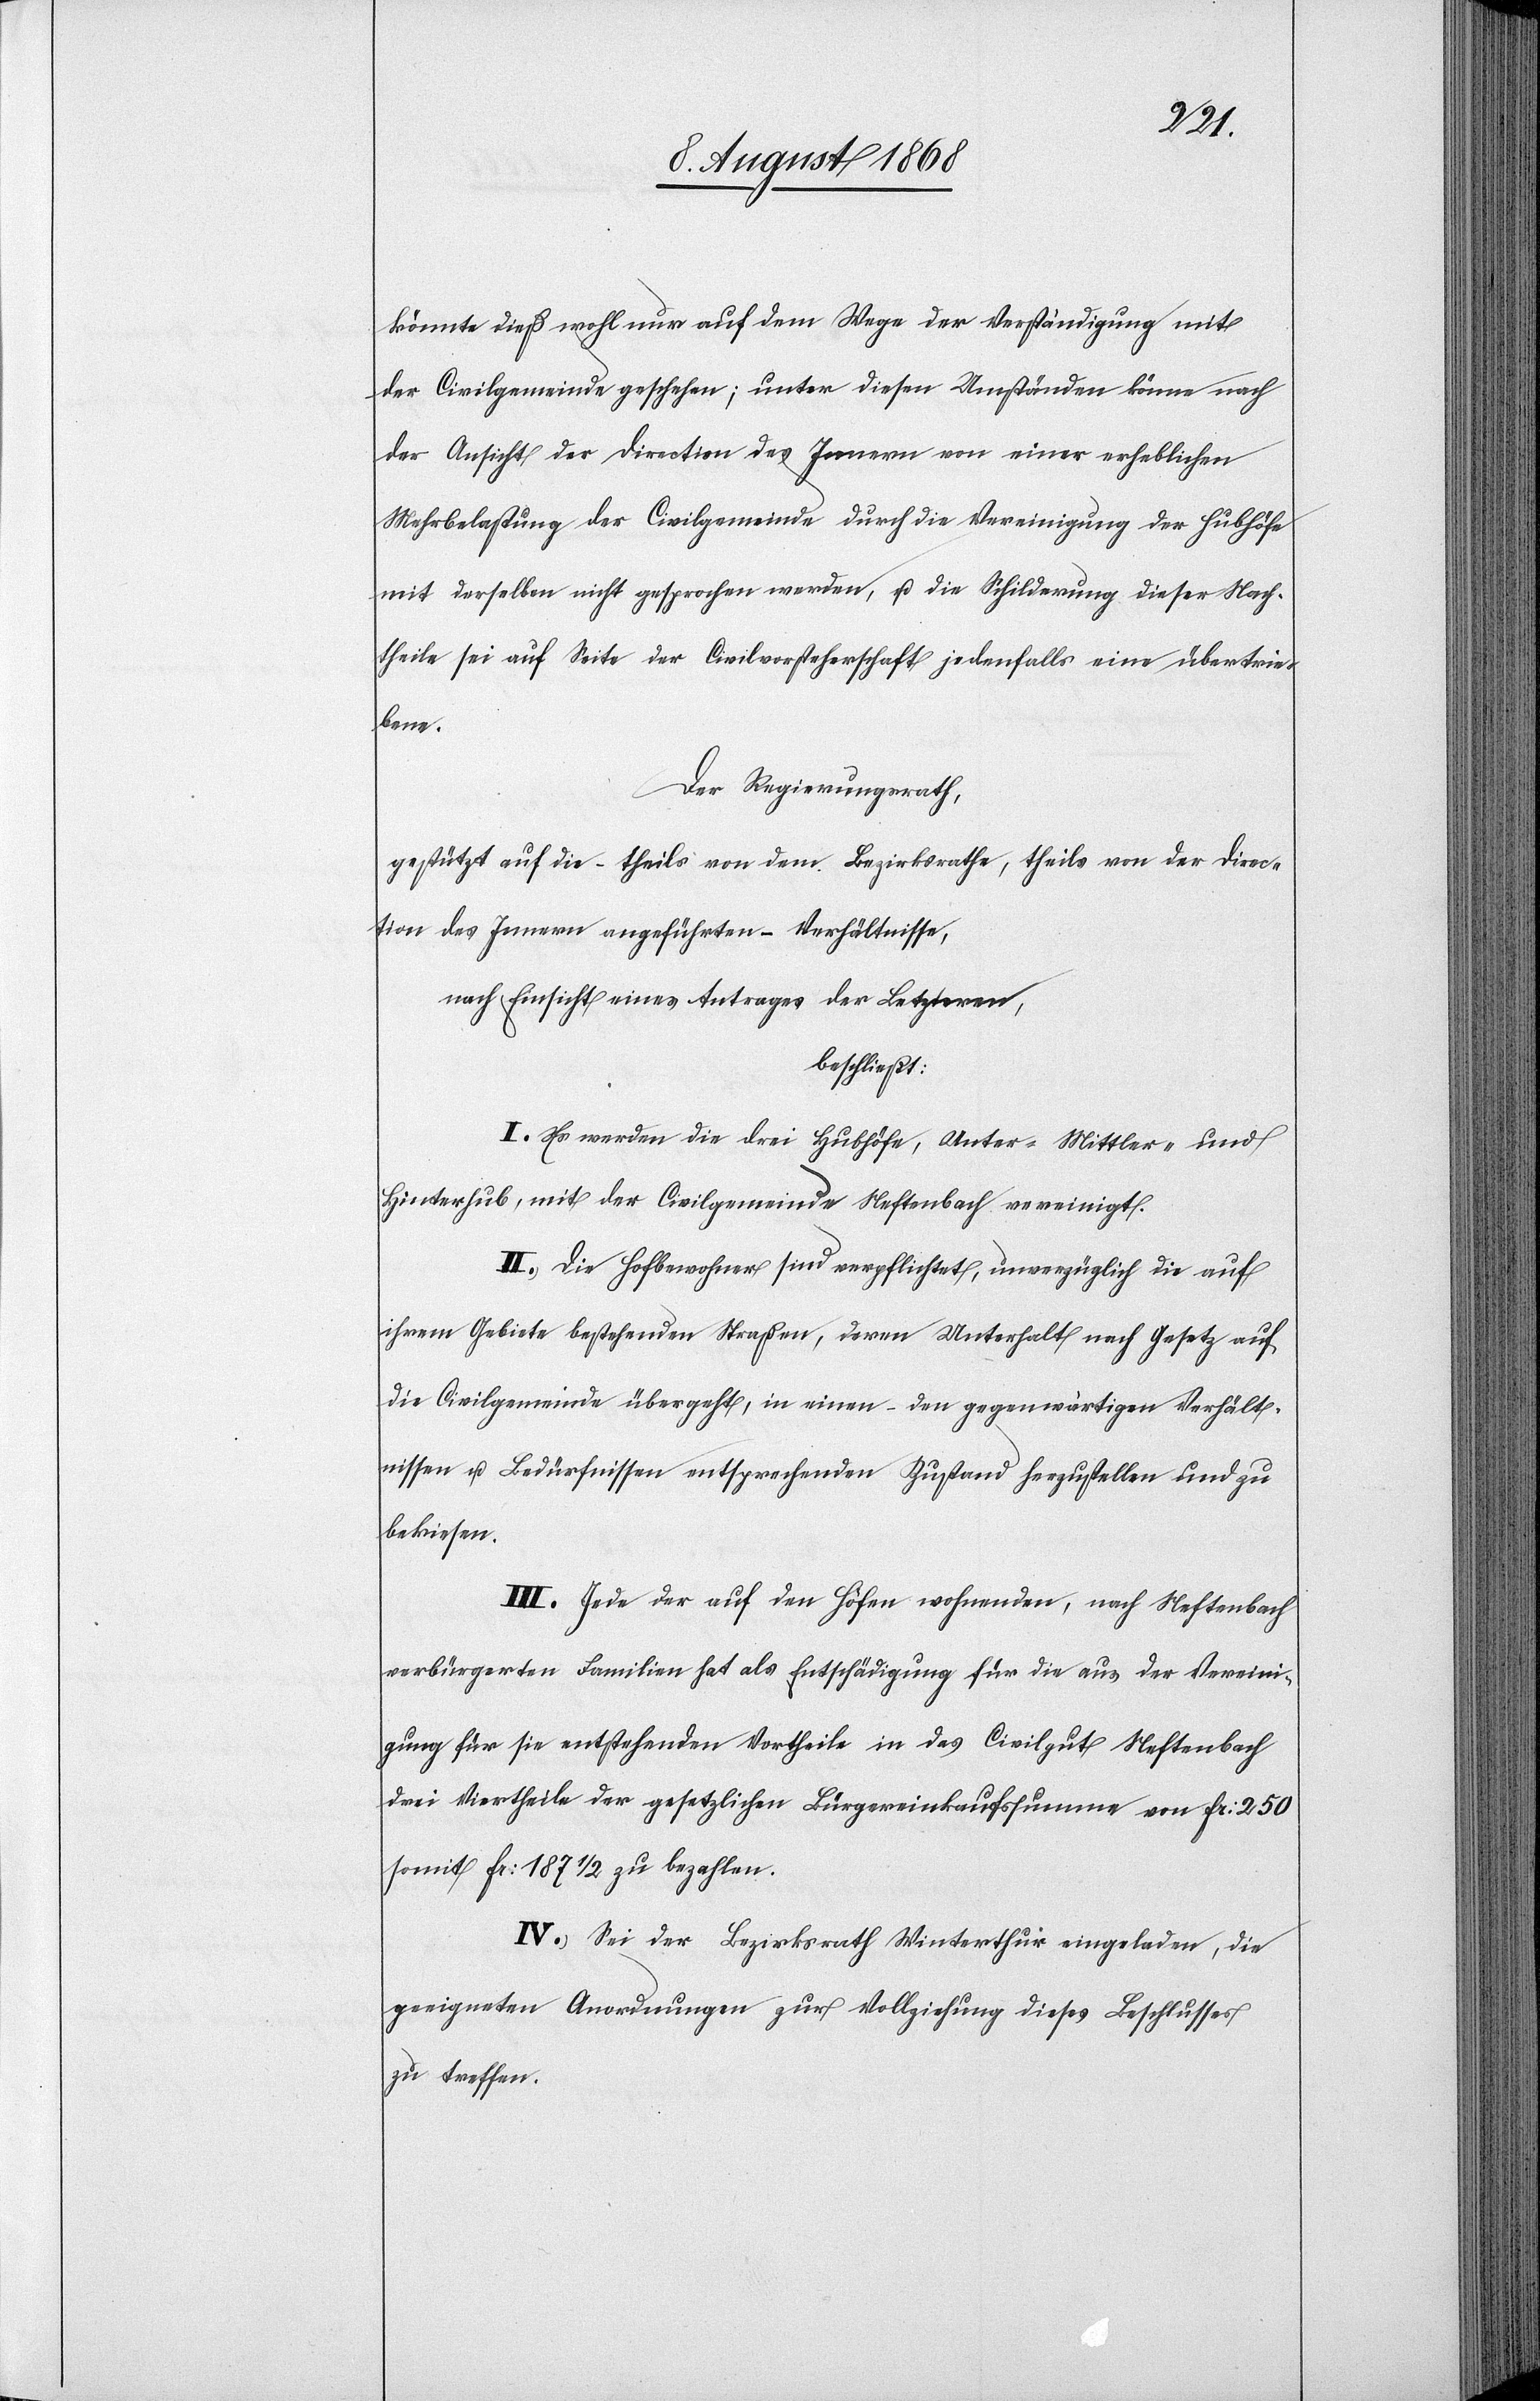
könnte dieß wohl nur auf dem Wege der Verständigung mit
der Civilgemeinde geschehen; unter diesen Umständen könne nach
der Ansicht der Direction des Innern von einer erheblichen
Mehrbelastung der Civilgemeinde durch die Vereinigung der Hubhöfe
mit derselben nicht gesprochen werden, u. die Schilderung dieser Nach¬
theile sei auf Seite der Civilvorsteherschaft jedenfalls eine übertrie¬
bene.
Der Regierungsrath,
gestützt auf die – theils von dem Bezirksrathe, theils von der Direc¬
tion des Innern angeführten – Verhältnisse,
nach Einsicht eines Antrages der Letzteren,
beschließt:
I. Es werden die drei Hubhöfe, Unter-[,] Mittler- und
Hinterhub, mit der Civilgemeinde Neftenbach vereinigt.
II. Die Hofbewohner sind verpflichtet, unverzüglich die auf
ihrem Gebiete bestehenden Straßen, deren Unterhalt nach Gesetz auf
die Civilgemeinde übergeht, in einen – den gegenwärtigen Verhält¬
nissen u. Bedürfnissen entsprechenden Zustand herzustellen und zu
bekiesen.
III. Jede der auf den Höfen wohnenden, nach Neftenbach
verbürgerten Familien hat als Entschädigung für die aus der Vereini¬
gung für sie entstehenden Vortheile in das Civilgut Neftenbach
drei Viertheile der gesetzlichen Bürgereinkaufssumme von Fr: 250
somit Fr: 187 1/2 zu bezahlen.
IV. Sei der Bezirksrath Winterthur eingeladen, die
geeigneten Anordnungen zur Vollziehung dieses Beschlusses
zu treffen.